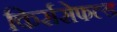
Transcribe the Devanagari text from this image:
किर्ससेफल्ड